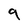
Character: 9